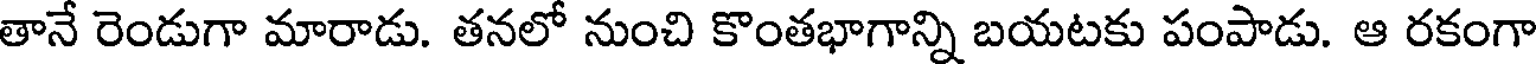
తానే రెండుగా మారాడు. తనలో నుంచి కొంతభాగాన్ని బయటకు పంపాడు. ఆ రకంగా